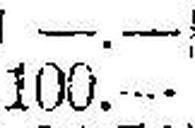
100.—